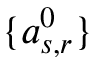
\{ a _ { s , r } ^ { 0 } \}